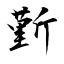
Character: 斳